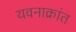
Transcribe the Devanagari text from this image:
यवनाक्रांत